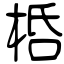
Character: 桰